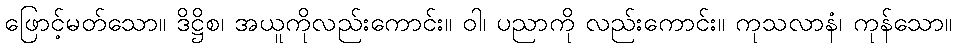
ဖြောင့်မတ်သော။ ဒိဋ္ဌိစ၊ အယူကိုလည်းကောင်း။ ဝါ၊ ပညာကို လည်းကောင်း။ ကုသလာနံ၊ ကုန်သော။